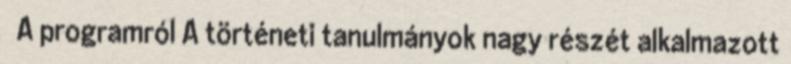
A programról A történeti tanulmányok nagy részét alkalmazott